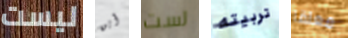
ليست أين لست تربيته معلقا